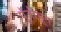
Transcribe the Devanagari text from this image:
पूंजीभूत